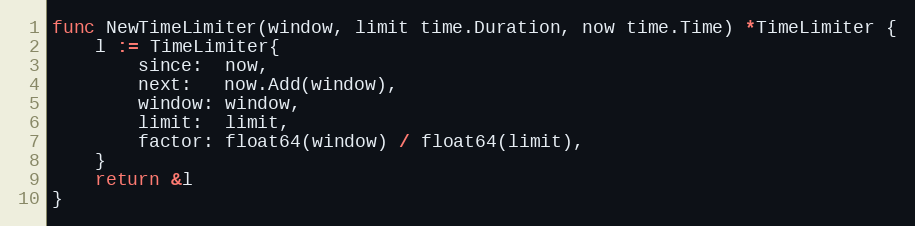
Language: Go
func NewTimeLimiter(window, limit time.Duration, now time.Time) *TimeLimiter {
	l := TimeLimiter{
		since:  now,
		next:   now.Add(window),
		window: window,
		limit:  limit,
		factor: float64(window) / float64(limit),
	}
	return &l
}